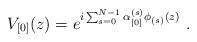
LaTeX: \begin{align*}V_{\lbrack 0\rbrack}(z) = e^{i\sum_{s=0}^{N-1}\alpha^{(s)}_{\lbrack 0\rbrack}\phi_{(s)}(z)}~.\end{align*}